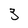
Character: 3